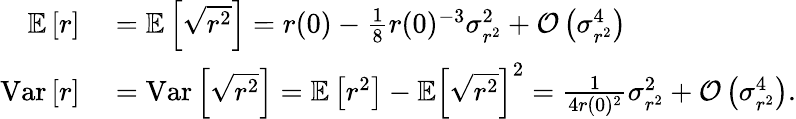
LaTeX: \begin{array}{rl}{\mathbb{E}\left[r\right]}&{{}=\mathbb{E}\left[\sqrt{r^{2}}\right]=r(0)-\frac{1}{8}r(0)^{-3}\sigma_{r^{2}}^{2}+\mathcal{O}\left(\sigma_{r^{2}}^{4}\right)}\\ {\mathrm{Var}\left[r\right]}&{{}=\mathrm{Var}\left[\sqrt{r^{2}}\right]=\mathbb{E}\left[r^{2}\right]-\mathbb{E}\left[\sqrt{r^{2}}\right]^{2}=\frac{1}{4r(0)^{2}}\sigma_{r^{2}}^{2}+\mathcal{O}\left(\sigma_{r^{2}}^{4}\right).}\end{array}